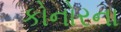
કોનોરના